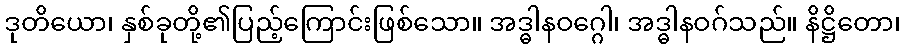
ဒုတိယော၊ နှစ်ခုတို့၏ပြည့်ကြောင်းဖြစ်သော။ အဒ္ဓါနဝဂ္ဂေါ၊ အဒ္ဓါနဝဂ်သည်။ နိဋ္ဌိတော၊